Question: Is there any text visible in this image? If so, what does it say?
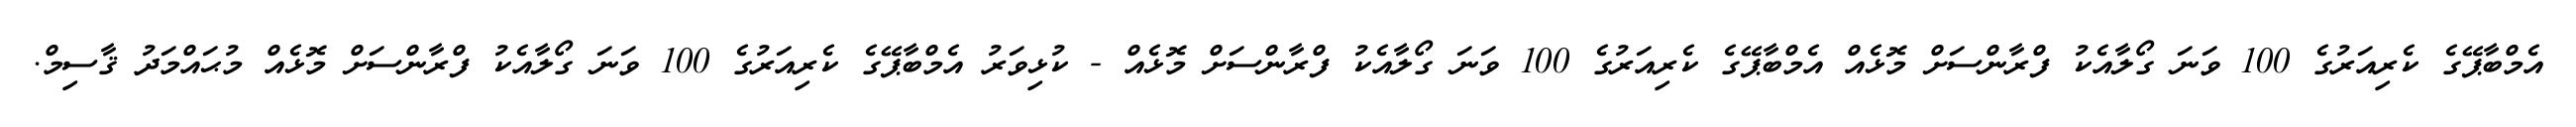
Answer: އެމްބާޕޭގެ ކެރިއަރުގެ 100 ވަނަ ގޯލާއެކު ފްރާންސަށް މޮޅެއް އެމްބާޕޭގެ ކެރިއަރުގެ 100 ވަނަ ގޯލާއެކު ފްރާންސަށް މޮޅެއް - ކުޅިވަރު އެމްބާޕޭގެ ކެރިއަރުގެ 100 ވަނަ ގޯލާއެކު ފްރާންސަށް މޮޅެއް މުޙައްމަދު ޤާސިމް.